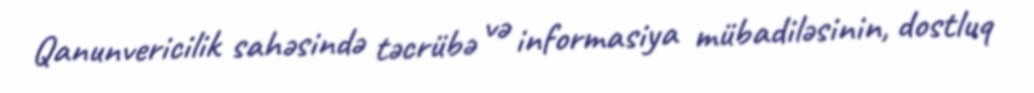
Qanunvericilik sahəsində təcrübə və informasiya mübadiləsinin, dostluq